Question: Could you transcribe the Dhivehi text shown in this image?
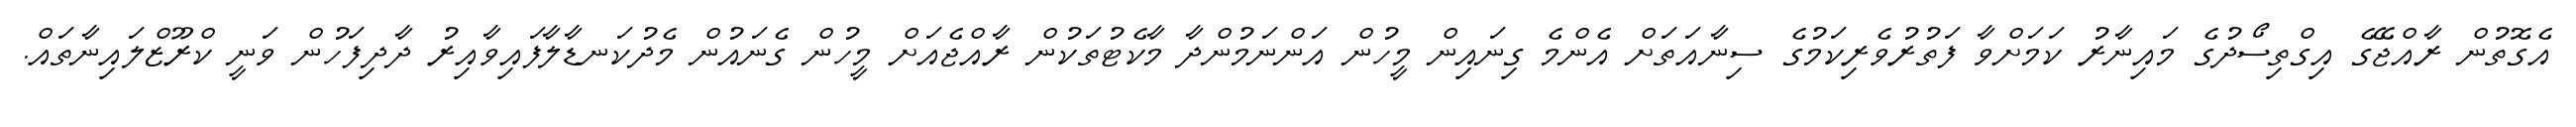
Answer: އެގޮތުން ރާއްޖޭގެ އިގްތިސޯދުގެ މައިނާރު ކަމަށްވާ ފަތުރުވެރިކަމުގެ ސިނާއަތަށް އެންމެ ގިނައިން މީހުން އަންނަމުންދާ މާކެޓުތަކުން ރާއްޖެއަށް މީހުން ގެނައުން މެދުކަނޑާލާފައިވާއިރު ދާދިފަހުން ވަނީ ކްރޫޒްލައިނާތައް.